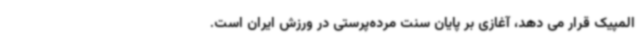
المپیک قرار می دهد، آغازی بر پایان سنت مرده‌پرستی در ورزش ایران است.